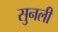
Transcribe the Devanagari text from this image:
सुनली